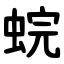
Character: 䖾